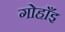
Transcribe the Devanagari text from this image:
गोहाँइ